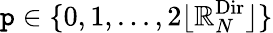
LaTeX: \mathtt{p}\in\{ 0,1,...,2\lfloor{\mathbb{R}_{N}^{\textnormal{Dir}}}\rfloor\}